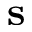
\mathbf { s }